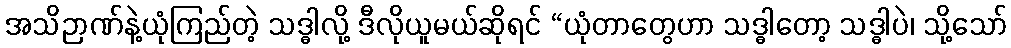
အသိဉာဏ်နဲ့ယုံကြည်တဲ့ သဒ္ဓါလို့ ဒီလိုယူမယ်ဆိုရင် “ယုံတာတွေဟာ သဒ္ဓါတော့ သဒ္ဓါပဲ၊ သို့သော်